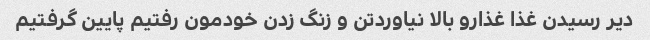
دیر رسیدن غذا غذارو بالا نیاوردتن و زنگ زدن خودمون رفتیم پایین گرفتیم